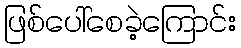
ဖြစ်ပေါ်စေခဲ့ကြောင်း